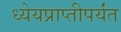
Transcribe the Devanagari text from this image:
ध्येयप्राप्तीपर्यंत